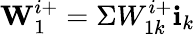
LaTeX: \textbf{W}_{1}^{i+}=\Sigma W_{1k}^{i+}\textbf{i}_{k}